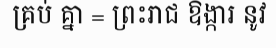
គ្រប់ គ្នា = ព្រះរាជ ឱង្ការ នូវ